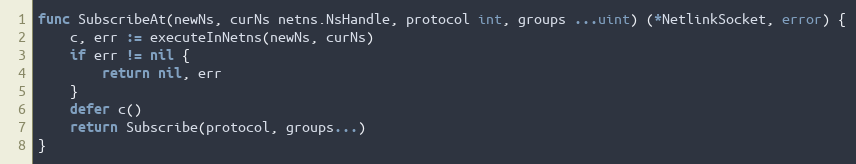
Language: Go
func SubscribeAt(newNs, curNs netns.NsHandle, protocol int, groups ...uint) (*NetlinkSocket, error) {
	c, err := executeInNetns(newNs, curNs)
	if err != nil {
		return nil, err
	}
	defer c()
	return Subscribe(protocol, groups...)
}